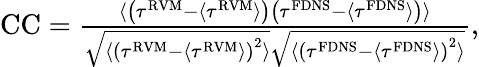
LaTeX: \begin{array}{r}{\mathrm{CC}=\frac{\langle\left(\tau^{\mathrm{RVM}}-\langle\tau^{\mathrm{RVM}}\rangle\right)\left(\tau^{\mathrm{FDNS}}-\langle\tau^{\mathrm{FDNS}}\rangle\right)\rangle}{\sqrt{\langle\left(\tau^{\mathrm{RVM}}-\langle\tau^{\mathrm{RVM}}\rangle\right)^{2}\rangle}\sqrt{\langle\left(\tau^{\mathrm{FDNS}}-\langle\tau^{\mathrm{FDNS}}\rangle\right)^{2}\rangle}},}\end{array}